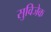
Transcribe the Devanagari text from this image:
सुविजेक